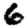
Digit: 6